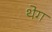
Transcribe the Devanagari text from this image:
थेग